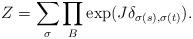
LaTeX: \begin{align*}Z=\sum_\sigma\prod_B\exp(J\delta_{\sigma(s),\sigma(t)}).\end{align*}